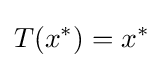
T(x^{*})=x^{*}